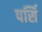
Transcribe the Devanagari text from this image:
पर्सि